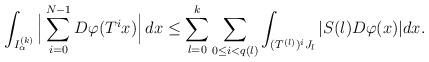
LaTeX: \begin{align*}\int_{I_\alpha^{(k)}}\Big|\sum_{i=0}^{N-1}D\varphi(T^ix)\Big|\,dx\leq \sum_{l=0}^{k}\sum_{0\leq i <q(l)}\int_{(T^{(l)})^iJ_l}|S(l)D\varphi(x)|dx.\end{align*}